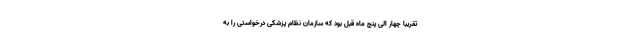
تقریبا چهار الی پنج ماه قبل بود که سازمان نظام پزشکی درخواستی را به